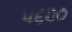
૫૬૨૦